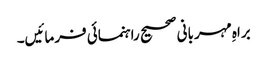
براہِ مہربانی صحیح راہنمائی فرمائیں۔